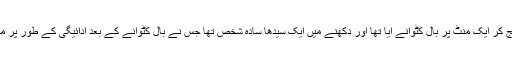
وہ شخص دوپہر ایک بج کر ایک منٹ پر بال کٹوانے آیا تھا اور دکھنے میں ایک سیدھا سادہ شخص تھا جس نے بال کٹوانے کے بعد ادائیگی کے طور پر مجھے موٹی رقم ادا کی۔